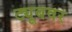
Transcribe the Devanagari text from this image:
ट्यूबवर